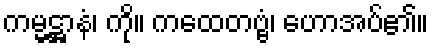
ကမ္မဋ္ဌာနံ၊ ကို။ ကထေတဗ္ဗံ၊ ဟောအပ်၏။